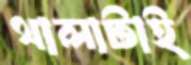
থালাটাই